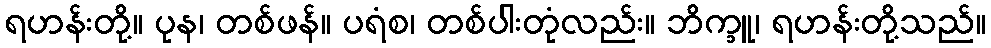
ရဟန်းတို့။ ပုန၊ တစ်ဖန်။ ပရံစ၊ တစ်ပါးတုံလည်း။ ဘိက္ခူ၊ ရဟန်းတို့သည်။